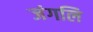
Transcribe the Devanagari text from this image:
जंगलि